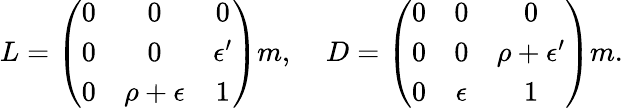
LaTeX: L=\left(\begin{array}{ccc}{{0}}&{{0}}&{{0}}\\ {{0}}&{{0}}&{{\epsilon^{\prime}}}\\ {{0}}&{{\rho+\epsilon}}&{{1}}\end{array}\right)m,\; \; \; \; D=\left(\begin{array}{ccc}{{0}}&{{0}}&{{0}}\\ {{0}}&{{0}}&{{\rho+\epsilon^{\prime}}}\\ {{0}}&{{\epsilon}}&{{1}}\end{array}\right)m.